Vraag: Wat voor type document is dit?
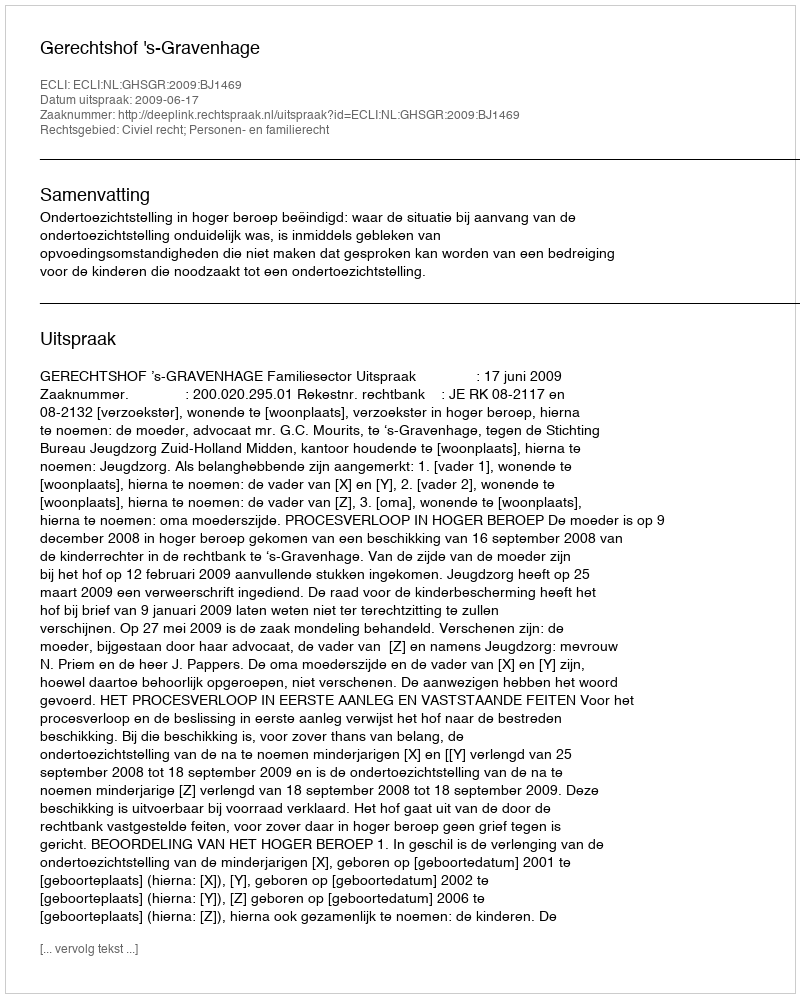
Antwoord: Uitspraak